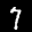
Label: 7